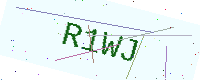
Text: R1WJ